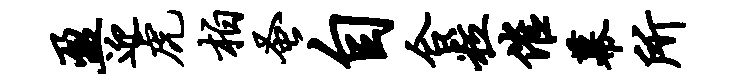
盈迎虎柏蚤自合粒催幕所